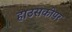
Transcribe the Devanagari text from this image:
हाउसकीपर